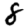
Digit: 8